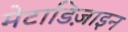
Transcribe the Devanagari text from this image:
मेटाडिज़ाइन